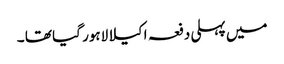
میں پہلی دفعہ اکیلا لاہور گیا تھا ۔